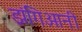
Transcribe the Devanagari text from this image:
झंगिआनी